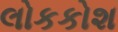
લોકકોશ